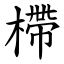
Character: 㯂